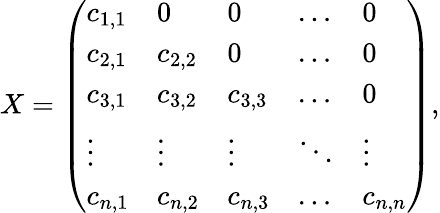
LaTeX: X=\left(\begin{array}{lllll}{c_{1,1}}&{0}&{0}&{\dots}&{0}\\ {c_{2,1}}&{c_{2,2}}&{0}&{\dots}&{0}\\ {c_{3,1}}&{c_{3,2}}&{c_{3,3}}&{\dots}&{0}\\ {\vdots}&{\vdots}&{\vdots}&{\ddots}&{\vdots}\\ {c_{n,1}}&{c_{n,2}}&{c_{n,3}}&{\dots}&{c_{n,n}}\end{array}\right),